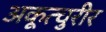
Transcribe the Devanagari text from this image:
अकूत्चुरीर